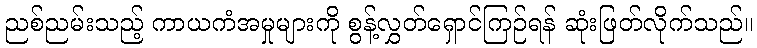
ညစ်ညမ်းသည့် ကာယကံအမှုများကို စွန့်လွှတ်ရှောင်ကြဉ်ရန် ဆုံးဖြတ်လိုက်သည်။